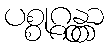
ပစ္စုဂ္ဂန္တွာ